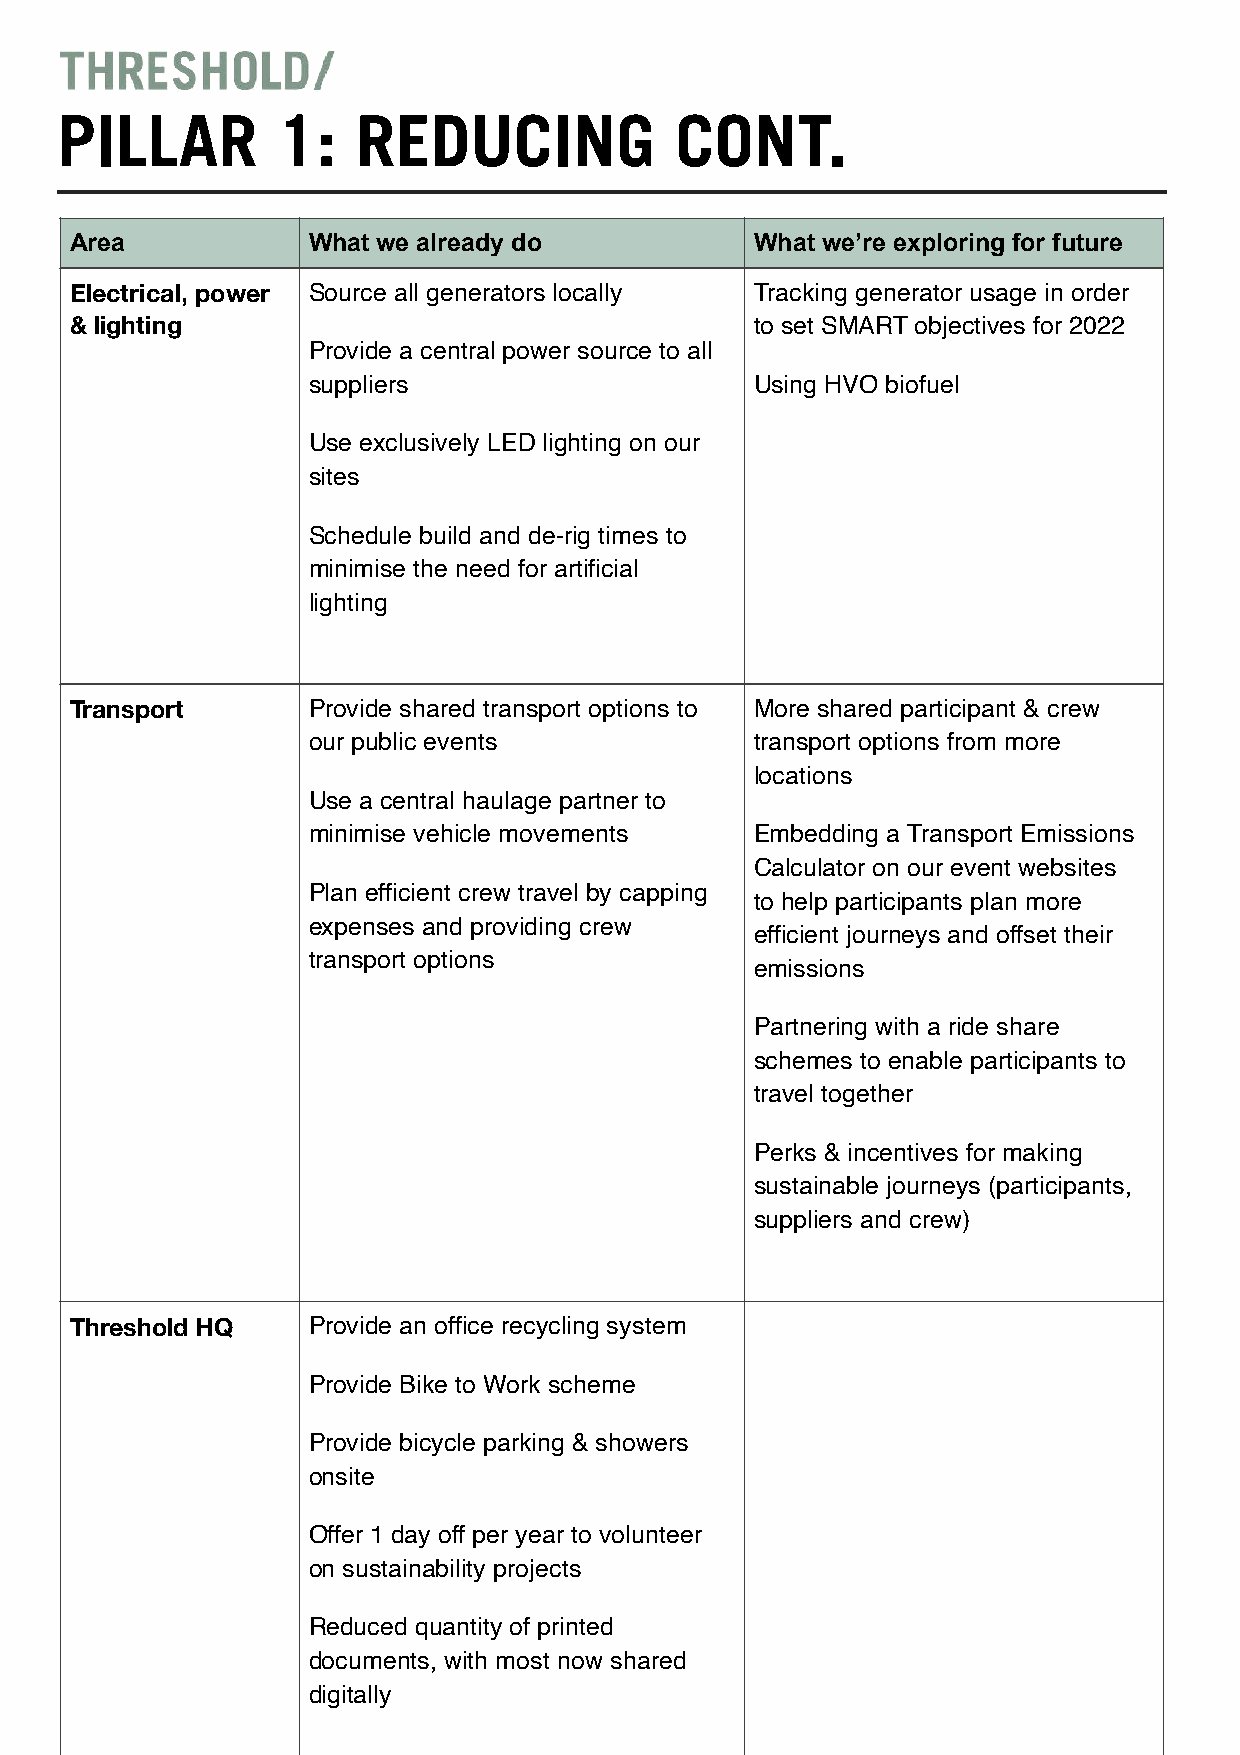
PILLAR        1:    REDUCING             CONT.
 Area           What we already do            What we’re exploring for future
 Electrical, power Source all generators locally Tracking generator usage in order
 & lighting                                   to set SMART objectives for 2022
 Provide a central power source to all
 suppliers                     Using HVO biofuel
 Use exclusively LED lighting on our
 sites
 Schedule build and de-rig times to
 minimise the need for artificial
 lighting
 Transport      Provide shared transport options to More shared participant & crew
 our public events             transport options from more
 locations
 Use a central haulage partner to
 minimise vehicle movements    Embedding a Transport Emissions
 Calculator on our event websites
 Plan efficient crew travel by capping
 to help participants plan more
 expenses and providing crew
 efficient journeys and offset their
 transport options
 emissions
 Partnering with a ride share
 schemes to enable participants to
 travel together
 Perks & incentives for making
 sustainable journeys (participants,
 suppliers and crew)
 Threshold HQ   Provide an office recycling system
 Provide Bike to Work scheme
 Provide bicycle parking & showers
 onsite
 Offer 1 day off per year to volunteer
 on sustainability projects
 Reduced quantity of printed
 documents, with most now shared
 digitally